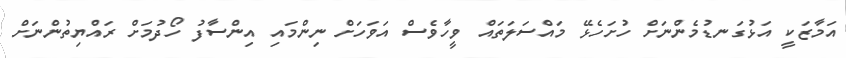
އަމާޒަކީ އަޅުގަނޑުމެންނަށް ހުށަހެޅޭ މައްސަލަތައް ވީހާވެސް އަވަހަށް ނިންމައި އިންސާފު ހޯދުމަށް ރައްޔިތުންނަށް